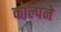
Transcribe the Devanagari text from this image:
काल्पने